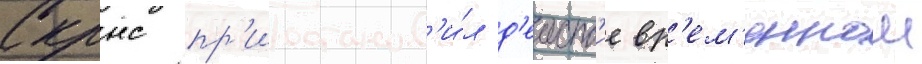
Скрнс пр'иостанов'и́л д'еиств'ие вр'ем'еннои